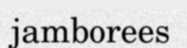
jamborees